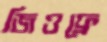
জিওফ্রে